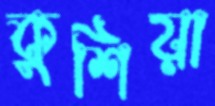
কুশিয়া